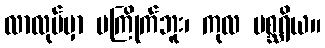
လာလုပ်မှာ မကြိုက်ဘူး၊ ကုလ မစ္ဆရိယ။